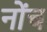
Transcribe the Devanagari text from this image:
नोंच